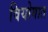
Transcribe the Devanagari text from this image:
वियोगात